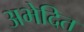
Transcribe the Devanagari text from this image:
अभेदित